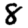
Digit: 8